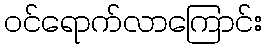
ဝင်ရောက်လာကြောင်း